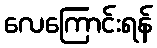
လေကြောင်းရန်